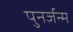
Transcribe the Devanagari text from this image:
पुनर्जन्‍म